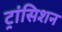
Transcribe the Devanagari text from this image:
ट्रांसिशन